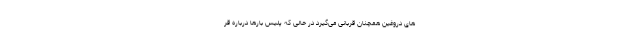
های دروغین همچنان قربانی می‌گیرد در حالی‌ که پلیس بارها درباره قر